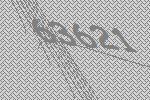
63621